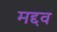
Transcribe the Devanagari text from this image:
मद्दव